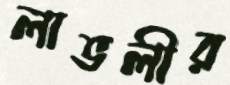
লাভলীর